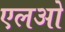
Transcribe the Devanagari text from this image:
एलओ